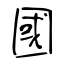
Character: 國